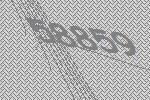
58859